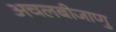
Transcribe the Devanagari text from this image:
अचलबीजाणु